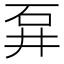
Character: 𱳭